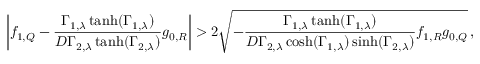
\bigg | f _ { 1 , Q } - \frac { \Gamma _ { 1 , \lambda } \operatorname { t a n h } ( \Gamma _ { 1 , \lambda } ) } { D \Gamma _ { 2 , \lambda } \operatorname { t a n h } ( \Gamma _ { 2 , \lambda } ) } g _ { 0 , R } \bigg | > 2 \sqrt { - \frac { \Gamma _ { 1 , \lambda } \operatorname { t a n h } ( \Gamma _ { 1 , \lambda } ) } { D \Gamma _ { 2 , \lambda } \cosh ( \Gamma _ { 1 , \lambda } ) \sinh ( \Gamma _ { 2 , \lambda } ) } f _ { 1 , R } g _ { 0 , Q } } \, ,